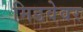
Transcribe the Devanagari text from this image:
मिडवेवर